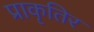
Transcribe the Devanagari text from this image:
प्राकृतिर